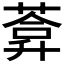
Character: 𦷼